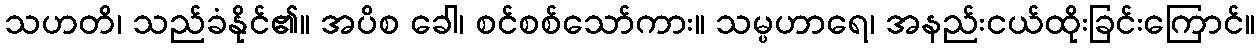
သဟတိ၊ သည်ခံနိုင်၏။ အပိစ ခေါ၊ စင်စစ်သော်ကား။ သမ္ပဟာရေ၊ အနည်းငယ်ထိုးခြင်းကြောင်။